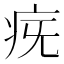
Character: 𤵀